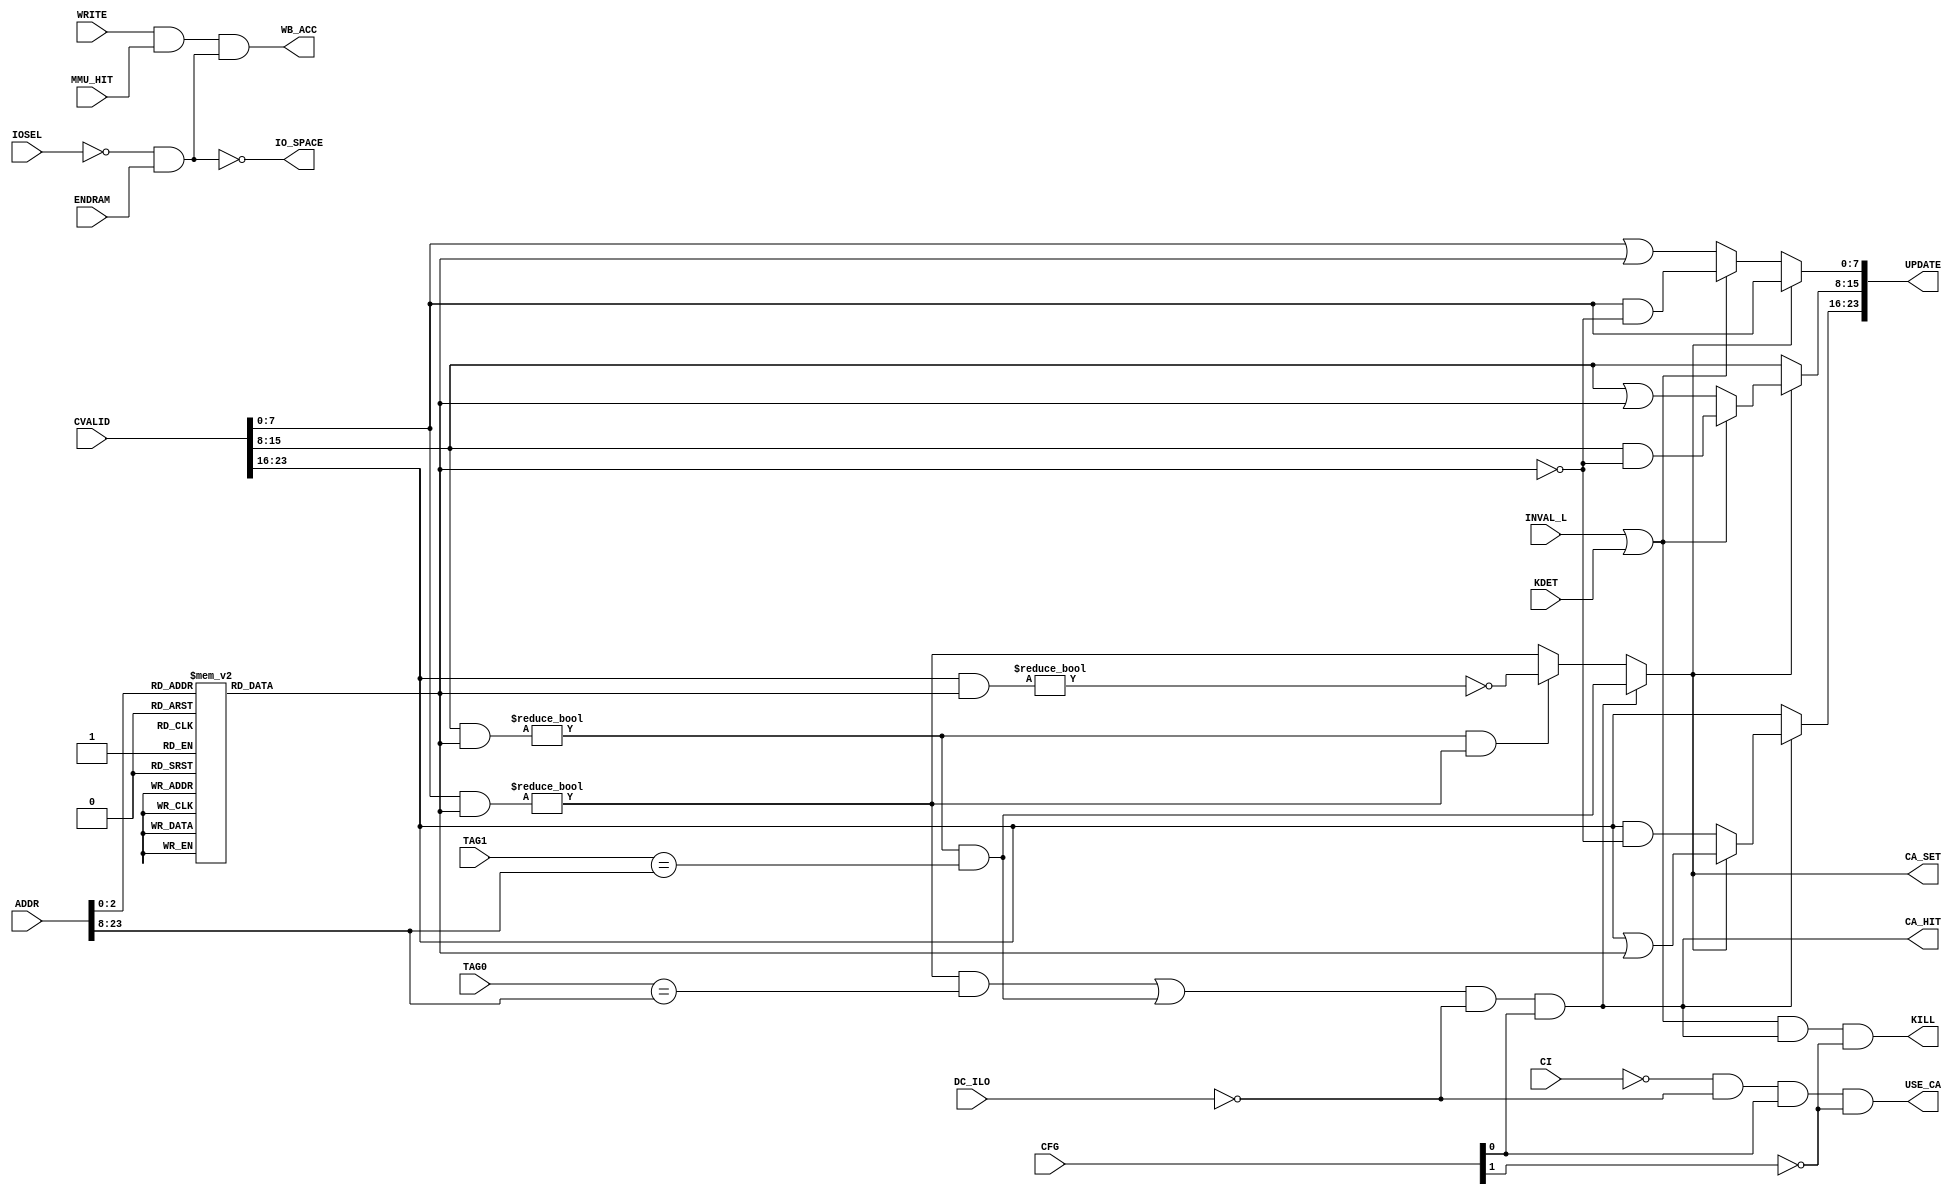
module CA_MATCH ( CVALID, IOSEL, ADDR, TAG0, TAG1, CFG, WRITE, MMU_HIT, CI, INVAL_L, KDET, ENDRAM, DC_ILO,
				  CA_HIT, CA_SET, UPDATE, IO_SPACE, USE_CA, WB_ACC, KILL );
	input	[23:0]	CVALID;
	input	 [3:0]	IOSEL;
	input	[27:4]	ADDR;
	input  [27:12]	TAG0,TAG1;
	input	 [1:0]	CFG;	
	input			WRITE;
	input			MMU_HIT;
	input			CI;
	input			INVAL_L;	
	input			KDET;
	input			ENDRAM;
	input			DC_ILO;		
	output			CA_HIT;
	output			CA_SET;	
	output	[23:0]	UPDATE;	
	output			IO_SPACE;
	output			USE_CA;
	output			WB_ACC;
	output			KILL;
	reg		 [7:0]	maske;
	wire			match_0,match_1;
	wire			valid_0,valid_1;
	wire			select;
	wire			clear;
	wire	 [7:0]	update_0,update_1,lastinfo;
	wire			sel_dram;
	always @(ADDR)
		case (ADDR[6:4])
		  3'h0 : maske = 8'h01;
		  3'h1 : maske = 8'h02;
		  3'h2 : maske = 8'h04;
		  3'h3 : maske = 8'h08;
		  3'h4 : maske = 8'h10;
		  3'h5 : maske = 8'h20;
		  3'h6 : maske = 8'h40;
		  3'h7 : maske = 8'h80;
		endcase
	assign valid_0 = (( CVALID[7:0] & maske) != 8'h00);
	assign valid_1 = ((CVALID[15:8] & maske) != 8'h00);
	assign match_0 = ( TAG0 == ADDR[27:12] );	
	assign match_1 = ( TAG1 == ADDR[27:12] );	
	assign CA_HIT = ((valid_0 & match_0) | (valid_1 & match_1)) & ~DC_ILO & CFG[0];
	assign select = (valid_1 & valid_0) ? ~((CVALID[23:16] & maske) != 8'h00) : valid_0;	
	assign CA_SET = CA_HIT ? (valid_1 & match_1) : select;
	assign clear = INVAL_L | KDET;	
	assign update_0 = CA_SET ? CVALID[7:0] : (clear ? (CVALID[7:0] & ~maske) : (CVALID[7:0] | maske));
	assign update_1 = CA_SET ? (clear ? (CVALID[15:8] & ~maske) : (CVALID[15:8] | maske)) : CVALID[15:8];
	assign lastinfo = CA_HIT ? (CA_SET ? (CVALID[23:16] | maske) : (CVALID[23:16] & ~maske)) : CVALID[23:16];
	assign UPDATE = {lastinfo,update_1,update_0};
	assign KILL = clear & CA_HIT & ~CFG[1];		
	assign sel_dram = (IOSEL == 4'b0000) & ENDRAM;	
	assign IO_SPACE = ~sel_dram;					
	assign USE_CA   = ~CI & ~DC_ILO & CFG[0] & ~CFG[1];	
	assign WB_ACC   = WRITE & MMU_HIT & sel_dram;
endmodule